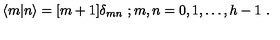
\langle m \vert n \rangle = [ m + 1 ] { \delta } _ { m n } \ ; m , n = 0 , 1 , \ldots , h - 1 \ .